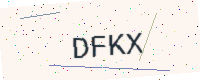
Text: DFKX